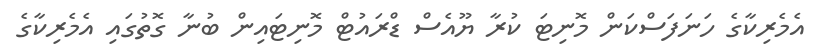
އެމެރިކާގެ ހަނަފަސްކަން މޮނިޓަ ކުރާ ޔޫއެސް ޑްރައުޓް މޮނިޓައިން ބުނާ ގޮތުގައި އެމެރިކާގެ